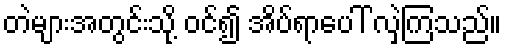
တဲများအတွင်းသို့ ဝင်၍ အိပ်ရာပေါ် လှဲကြသည်။